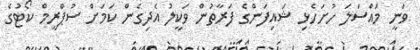
ވަނީ މައްސަލަ ހުށަހެޅި ޝައިފަންގެ ފަރާތުން ވަކީލު އެދިގެން ކަމަށް ސުޕްރީމް ކޯޓުގެ